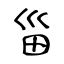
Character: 甾